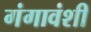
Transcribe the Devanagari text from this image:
गंगावंशी